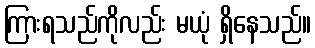
ကြားရသည်ကိုလည်း မယုံ ရှိနေသည်။